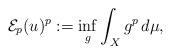
LaTeX: \begin{align*}\mathcal{E}_p(u)^p:=\inf_g\int_Xg^p\, d\mu,\end{align*}